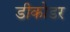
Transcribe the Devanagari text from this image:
डीकोडर